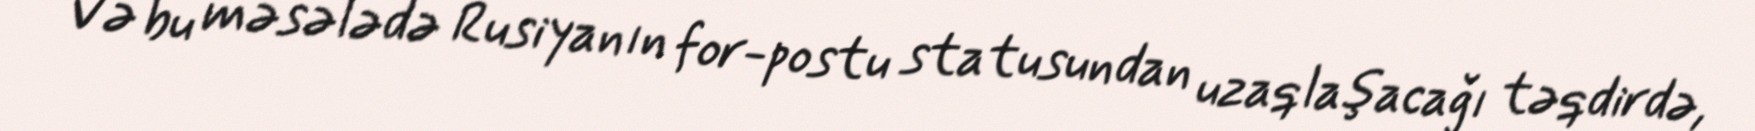
Və bu məsələdə Rusiyanın for-postu statusundan uzaqlaşacağı təqdirdə,